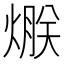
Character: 𤌯